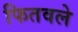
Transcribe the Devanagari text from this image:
फितवले